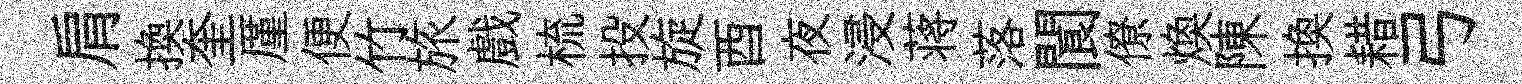
肩換奎厪便竹旅戲梳投旋酉夜浸蒋落閬僚焕陳换耤弓